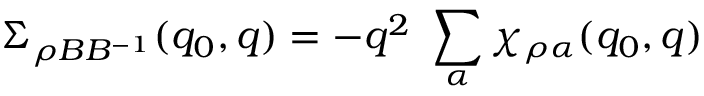
\Sigma _ { \rho B B ^ { - 1 } } ( q _ { 0 } , q ) = - q ^ { 2 } \ \sum _ { \alpha } \chi _ { \rho \alpha } ( q _ { 0 } , q )